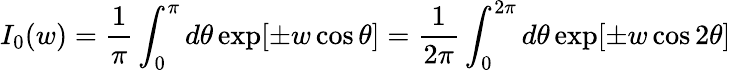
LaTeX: I_{0}(w)=\frac{1}{\pi}\int_{0}^{\pi}d\theta\exp[\pm w\cos\theta]=\frac{1}{2\pi}\int_{0}^{2\pi}d\theta\exp[\pm w\cos 2\theta]